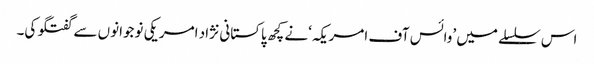
اس سلسلے میں ’وائس آف امریکہ‘نے کچھ پاکستانی نژاد امریکی نوجوانوں سے گفتگو کی۔